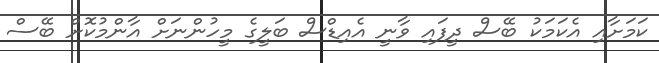
ކަމަށާއި އެކަމަކު ބޭސް ދީފައި ވާނީ އެއިޑްސް ބަލީގެ މީހުންނަށް އާންމުކޮށް ބޭސް